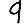
Digit: 9